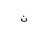
Letter: _non